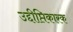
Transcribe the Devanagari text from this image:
उद्दीप्तिकारक